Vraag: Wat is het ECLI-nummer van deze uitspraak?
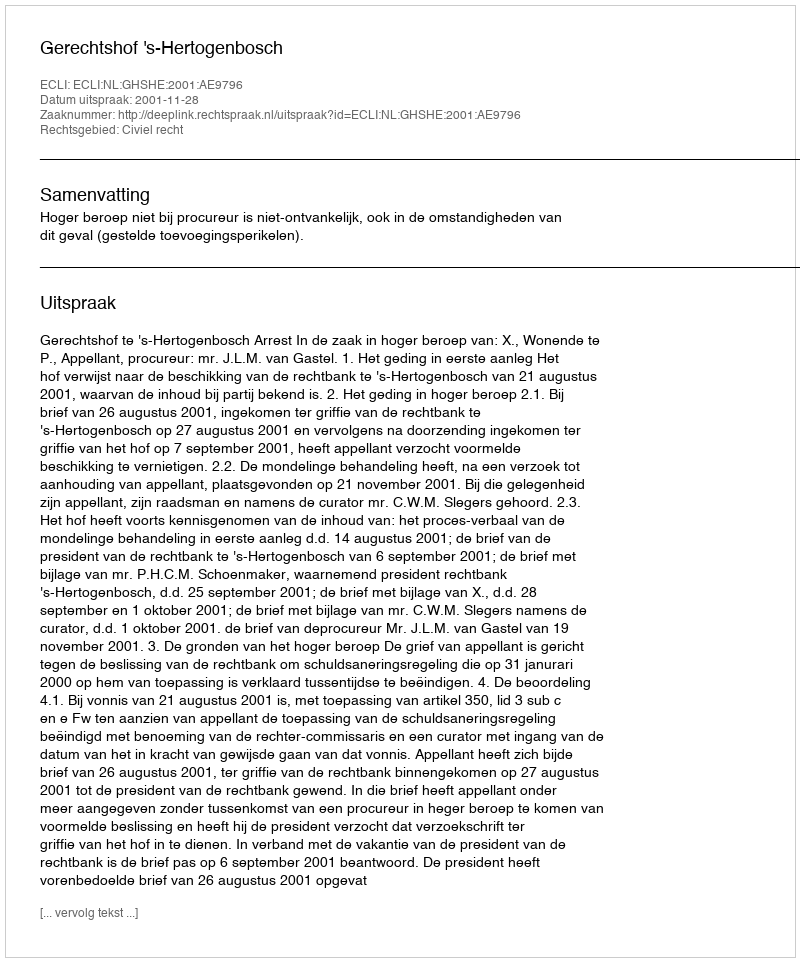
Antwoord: ECLI:NL:GHSHE:2001:AE9796